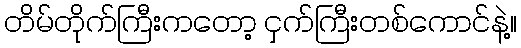
တိမ်တိုက်ကြီးကတော့ ငှက်ကြီးတစ်ကောင်နဲ့။